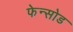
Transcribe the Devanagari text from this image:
फेन्सोड